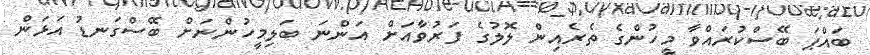
ބައްޕަ ބޭސްކުރައްވާ މީހުންގެ ތެރެއިން ލޮލުގެ ފަރުވާއަށް އަންނަ ބަލިމީހުންނަށް ބޭސްގަނޑު އަޅަން